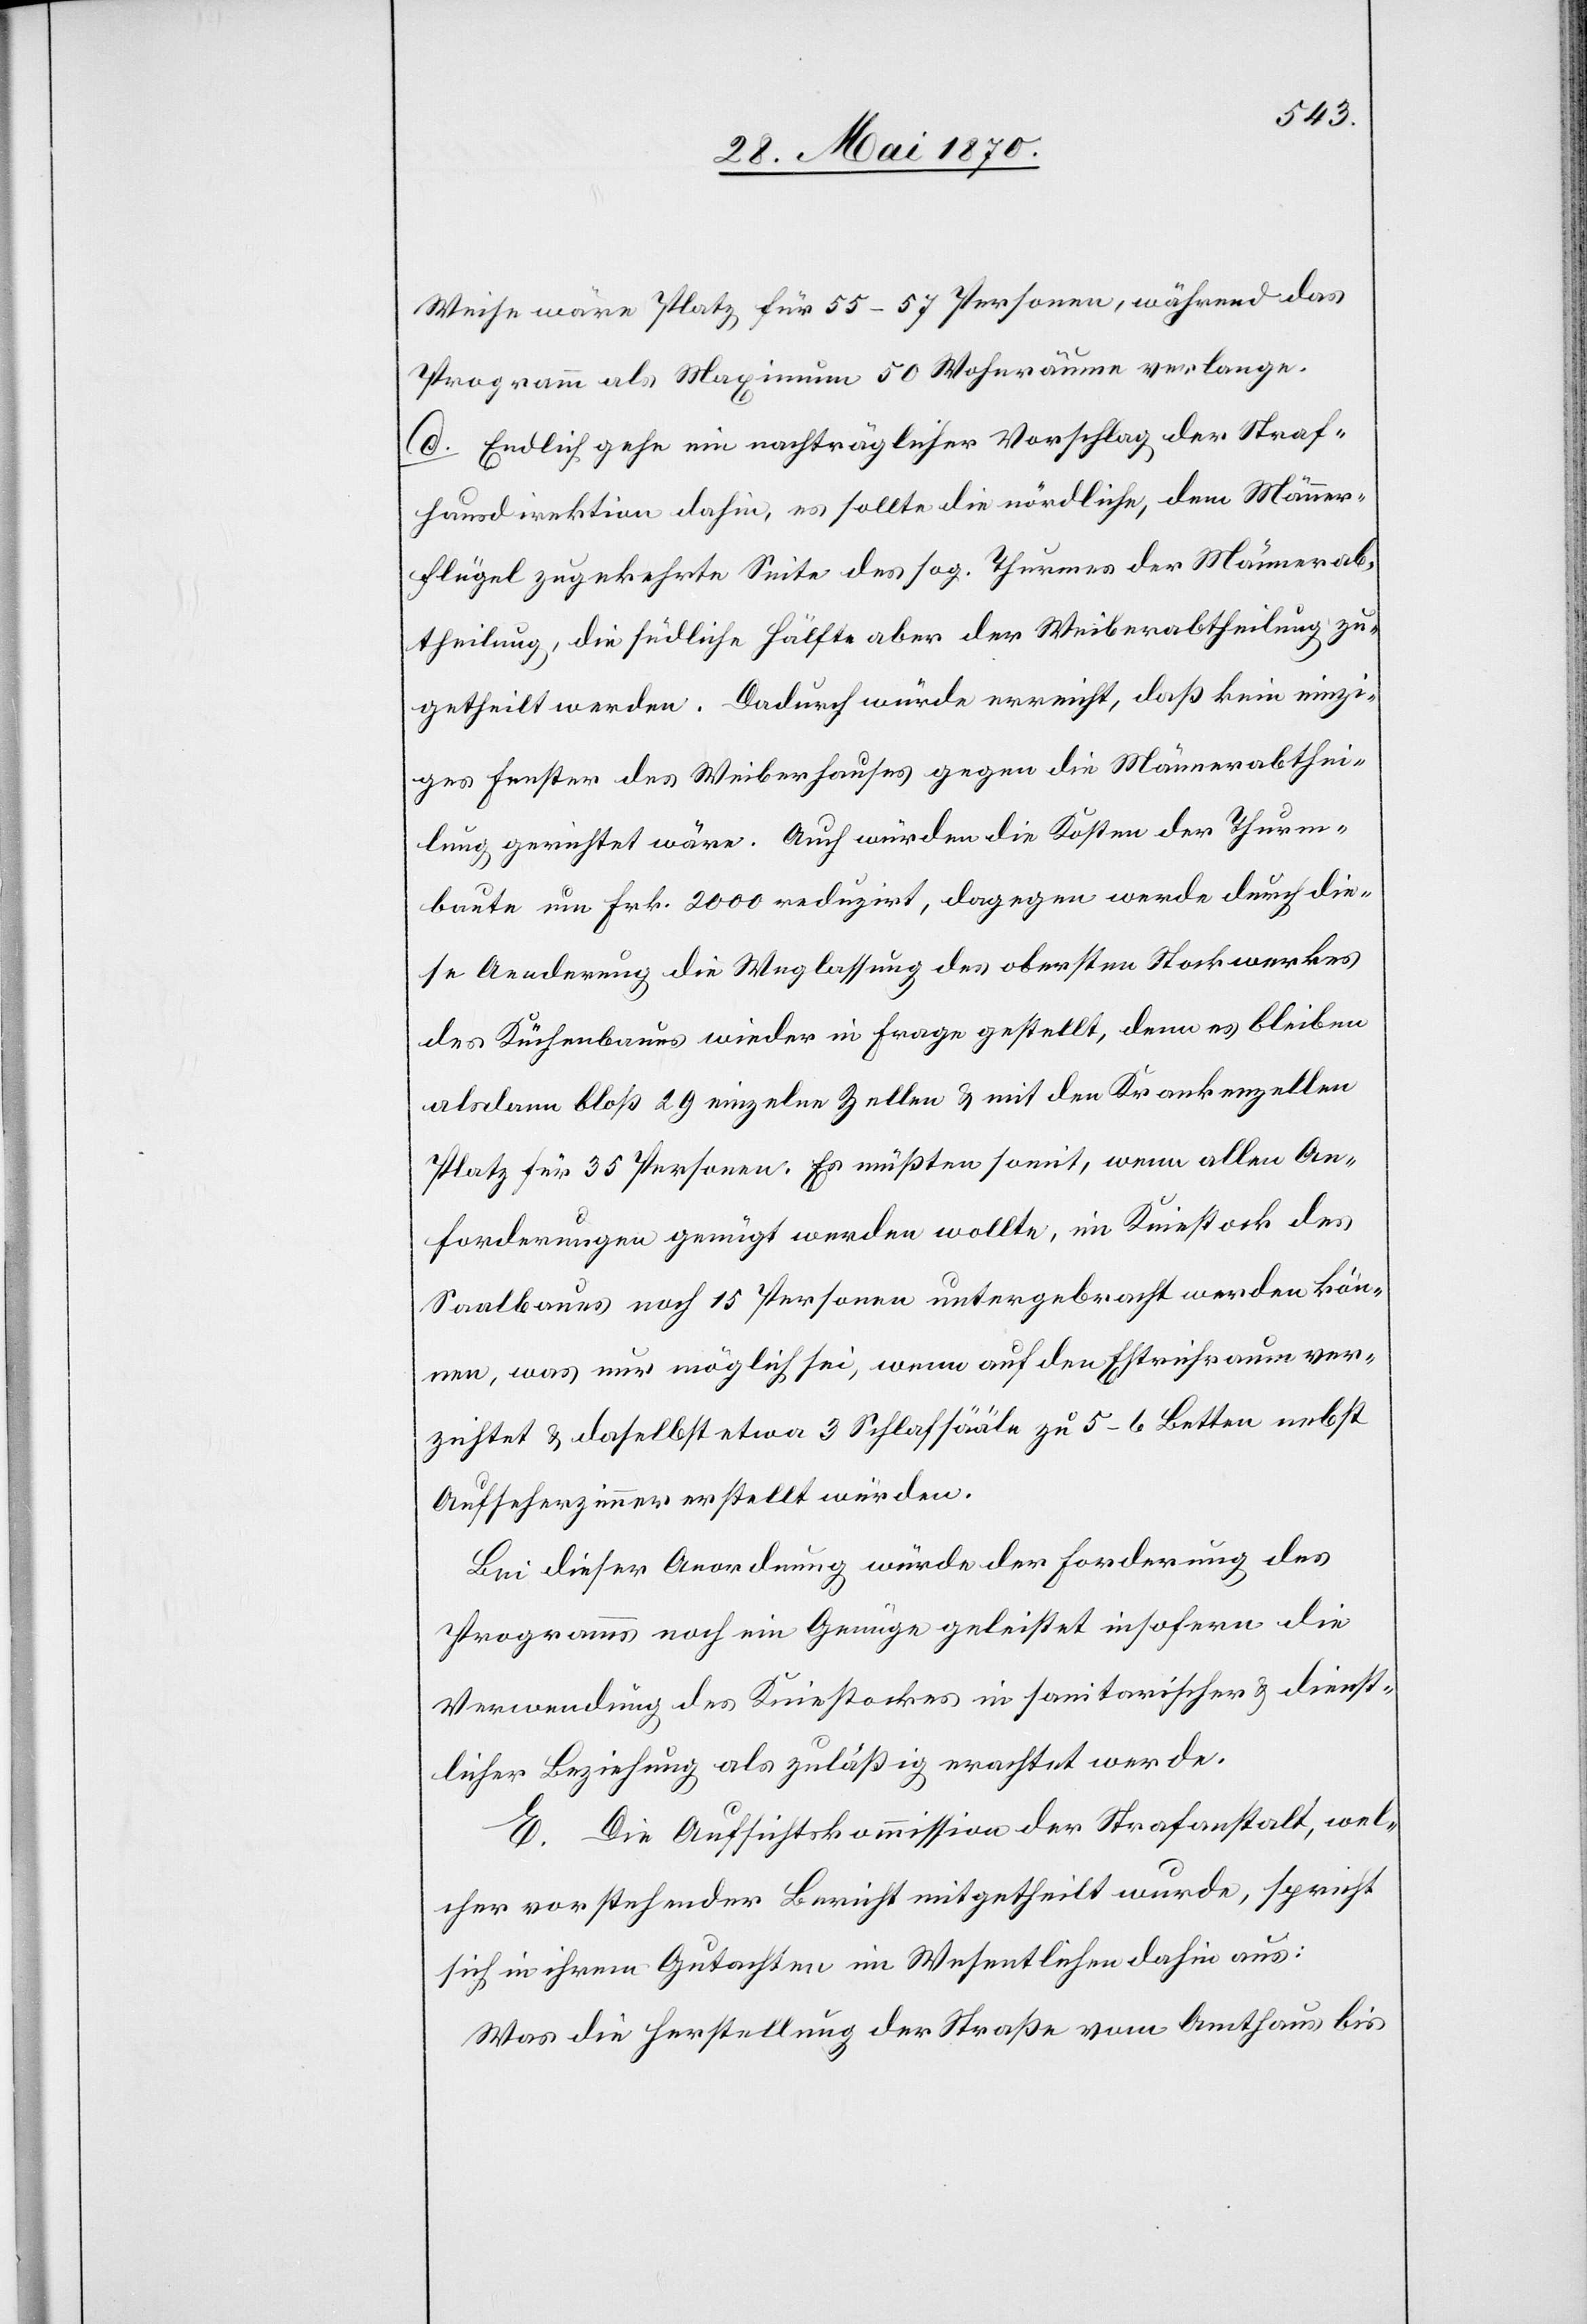
Weise wäre Platz für 55–57 Personen, während das
Programm als Maximum 50 Wohnräume verlange.
d. Endlich gehe ein nachträglicher Vorschlag der Straf¬
hausdirektion dahin, es sollte die nördliche, dem Männer¬
flügel zugekehrte Seite des sog. Thurmes der Männerab¬
theilung, die südliche Hälfte aber der Weiberabtheilung zu¬
getheilt werden. Dadurch würde erreicht, daß kein einzi¬
ges Fenster des Weiberhauses gegen die Männerabthei¬
lung gerichtet wäre. Auch würden die Kosten der Thurm¬
baute um Frk. 2000 reduzirt, dagegen werde durch die¬
se Aenderung die Weglassung des obersten Stockwerkes
des Küchenbaues wieder in Frage gestellt, denn es bleiben
alsdann bloß 29 einzelne Zellen & mit den Krankenzellen
Platz für 35 Personen. Es müßten somit, wenn allen An¬
forderungen genügt werden wollte, im Kniestock des
Saalbaues noch 15 Personen untergebracht werden kön¬
nen, was nur möglich sei, wenn auf den Estrichraum ver¬
zichtet & daselbst etwa 3 Schlafsääle zu 5–6 Betten nebst
Aufseherzimmer erstellt würden.
Bei dieser Anordnung würde der Forderung des
Programms noch ein Genüge geleistet insofern die
Verwendung des Kniestockes in sanitarischer & dienst¬
licher Beziehung als zuläßig erachtet werde.
E. Die Aufsichtskommission der Strafanstalt, wel¬
cher vorstehender Bericht mitgetheilt wurde, spricht
sich in ihrem Gutachten im Wesentlichen dahin aus:
Was die Herstellung der Straße vom Amthaus bis